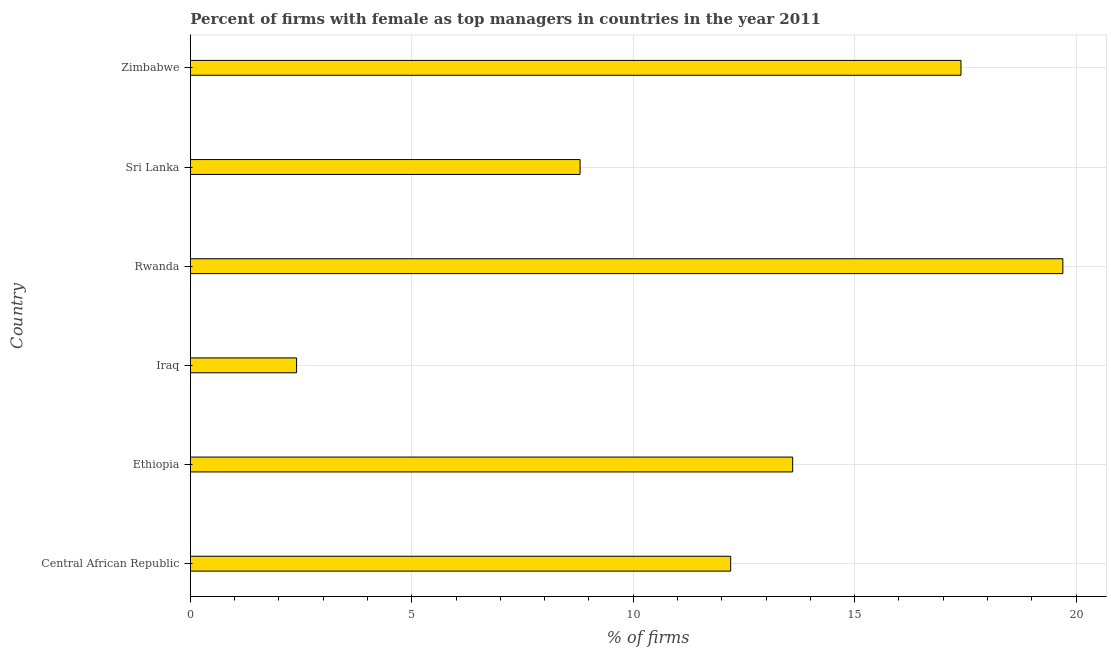
| Country | Firms with female top manager |
 | --- | --- |
 | Central African Republic | 12.2 |
 | Ethiopia | 13.6 |
 | Iraq | 2.4 |
 | Rwanda | 19.7 |
 | Sri Lanka | 8.8 |
 | Zimbabwe | 17.4 |